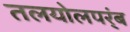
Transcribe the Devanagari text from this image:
तलयोलपर्ंब